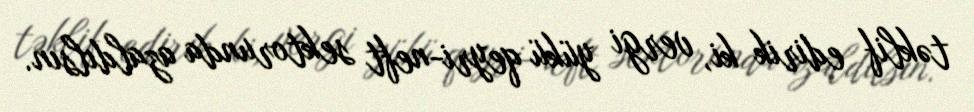
təklif edirik ki, vergi yükü qeyri-neft sektorunda azaldılsın.